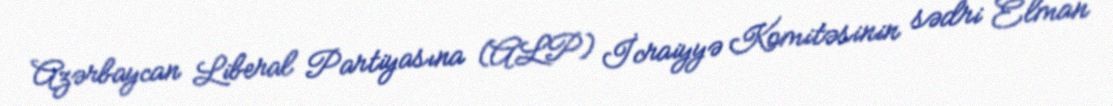
Azərbaycan Liberal Partiyasına (ALP) İcraiyyə Komitəsinin sədri Elman